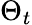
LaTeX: \Theta_{t}